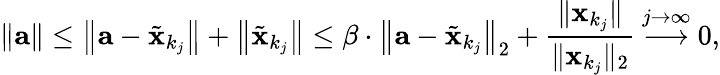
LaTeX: \| \mathbf{a}\| \leq\left\| \mathbf{a}-{\tilde{\mathbf{x}}}_{k_{j}}\right\| +\left\| {\tilde{\mathbf{x}}}_{k_{j}}\right\| \leq\beta\cdot\left\| \mathbf{a}-{\tilde{\mathbf{x}}}_{k_{j}}\right\| _{2}+{\frac{\| \mathbf{x}_{k_{j}}\| }{\| \mathbf{x}_{k_{j}}\| _{2}}}\ {\overset{j\to\infty}{\longrightarrow}}\ 0,